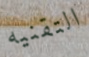
التقنيه